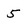
Character: 5